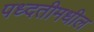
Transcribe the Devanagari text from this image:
पध्दतीमधील